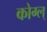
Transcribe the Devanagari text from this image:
कोग्ल्